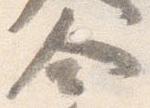
舎